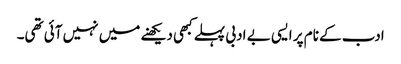
ادب کے نام پر ایسی بے ادبی پہلے کبھی دیکھنے میں نہیں آئی تھی۔